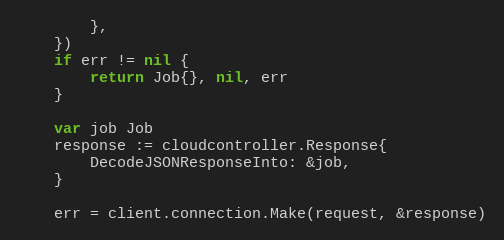
Language: Go
		},
	})
	if err != nil {
		return Job{}, nil, err
	}

	var job Job
	response := cloudcontroller.Response{
		DecodeJSONResponseInto: &job,
	}

	err = client.connection.Make(request, &response)